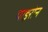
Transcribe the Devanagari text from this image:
पाइरोन